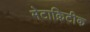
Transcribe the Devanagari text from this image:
मेटाक्रिटीक